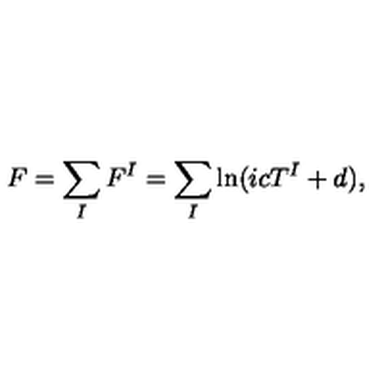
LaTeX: F = \sum _ { I } F ^ { I } = \sum _ { I } \ln ( i c T ^ { I } + d ) ,